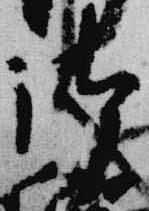
御